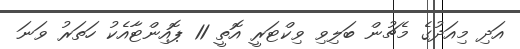
އަދި މިއަދުގެ މެޗުން ބަލިވި ވިކްޓަރީ އޮތީ 11 ޕޮއިންޓާއެކު ހަތަރު ވަނަ